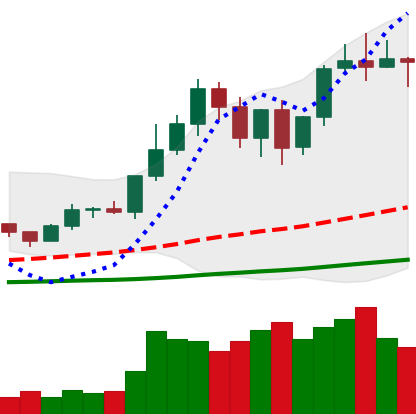
Ticker: LTC-USD
Chart end date: 2020-12-29
Forward return: 24.139%
Label: up_7plus